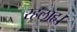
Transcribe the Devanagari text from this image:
रहलाह।